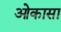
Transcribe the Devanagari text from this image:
ओकासा